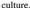
culture.